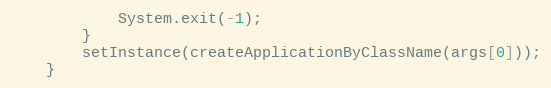
Language: Java
			System.exit(-1);
		}
		setInstance(createApplicationByClassName(args[0]));
	}